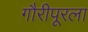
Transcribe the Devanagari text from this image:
गौरीपूरला